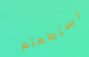
استطعتم